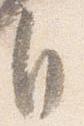
自